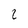
Character: Z